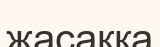
жасаққа